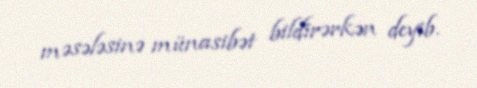
məsələsinə münasibət bildirərkən deyib.